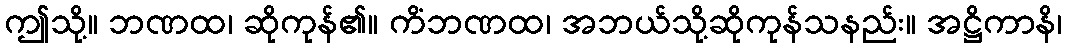
ဤသို့။ ဘဏထ၊ ဆိုကုန်၏။ ကိံဘဏထ၊ အဘယ်သို့ဆိုကုန်သနည်း။ အဋ္ဌိကာနိ၊